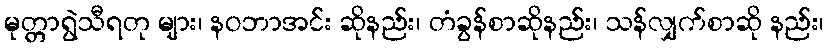
မုတ္တာရွဲသီရတု များ၊ နဝဘာအင်း ဆိုနည်း၊ တံခွန်စာဆိုနည်း၊ သန်လျှက်စာဆို နည်း၊